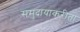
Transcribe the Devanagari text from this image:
समुदायाकरीता